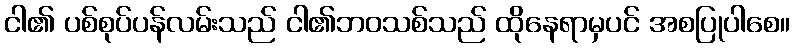
ငါ၏ ပစ်စုပ်ပန်လမ်းသည် ငါ၏ဘဝသစ်သည် ထိုနေရာမှပင် အစပြုပါစေ။